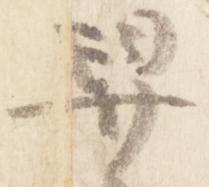
舁